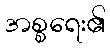
အစ္စရေး၏